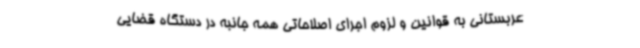
عربستانی به قوانین و لزوم اجرای اصلاحاتی همه جانبه در دستگاه قضایی